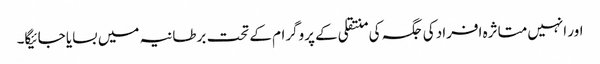
اور انہیں متاثرہ افراد کی جگہ کی منتقلی کے پروگرام کے تحت برطانیہ میں بسایا جائیگا۔